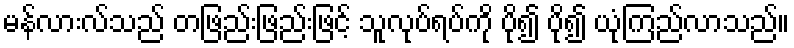
မန်လားလ်သည် တဖြည်းဖြည်းဖြင့် သူလုပ်ရပ်ကို ပို၍ ပို၍ ယုံကြည်လာသည်။